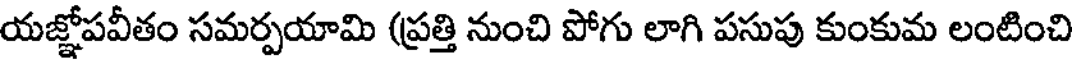
యజ్ఞోపవీతం సమర్పయామి (ప్రత్తి నుంచి పోగు లాగి పసుపు కుంకుమ లంటించి